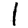
Digit: 1